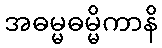
အဓမ္မဓမ္မိကာနိ